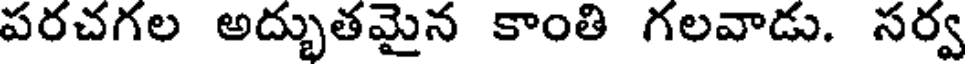
పరచగల అద్భుతమైన కాంతి గలవాడు. సర్వ